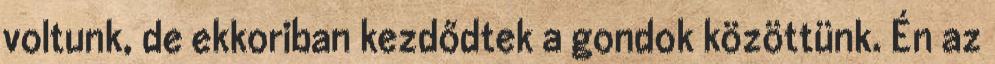
voltunk, de ekkoriban kezdődtek a gondok közöttünk. Én az